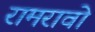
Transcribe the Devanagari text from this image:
रामरावो